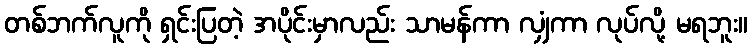
တစ်ဘက်လူကို ရှင်းပြတဲ့ အပိုင်းမှာလည်း သာမန်ကာ လျှံကာ လုပ်လို့ မရဘူး။